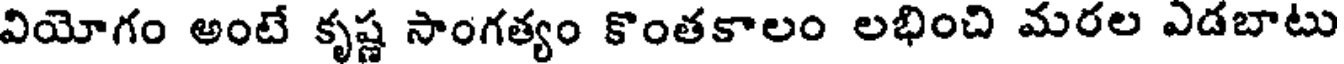
వియోగం అంటే కృష్ణ సాంగత్యం కొంతకాలం లభించి మరల ఎడబాటు